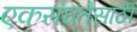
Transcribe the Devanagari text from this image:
एकसंघतेसाठी